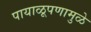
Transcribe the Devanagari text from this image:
पायाळूपणामुळे